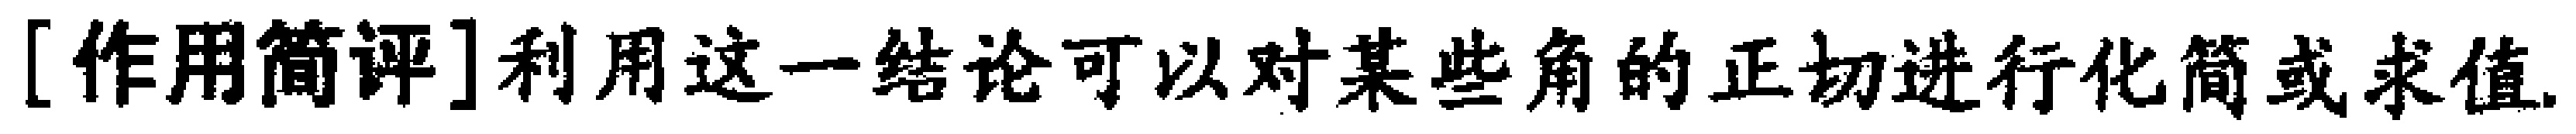
[作用简评]利用这一结论可以对某些角的正切进行化简或求值.